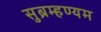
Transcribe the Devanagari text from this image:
सुब्रम्हण्यम